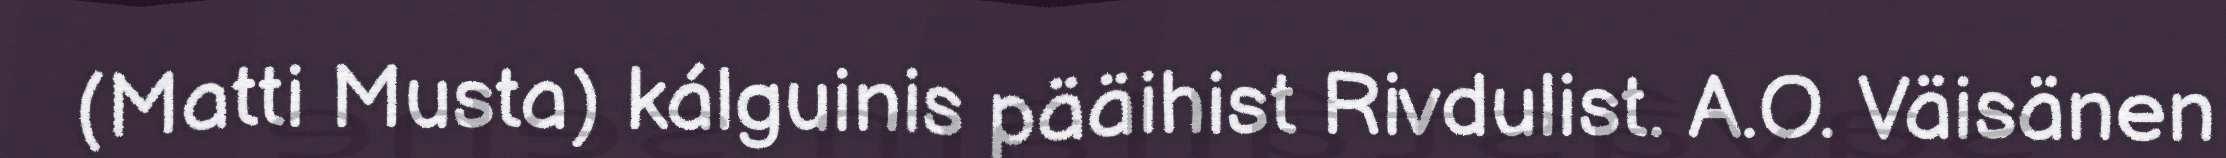
(Matti Musta) kálguinis pääihist Rivdulist. A.O. Väisänen